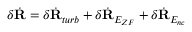
\delta \Dot { \mathbf { R } } = \delta \Dot { \mathbf { R } } _ { t u r b } + \delta \Dot { \mathbf { R } } _ { E _ { Z F } } + \delta \Dot { \mathbf { R } } _ { E _ { n c } }